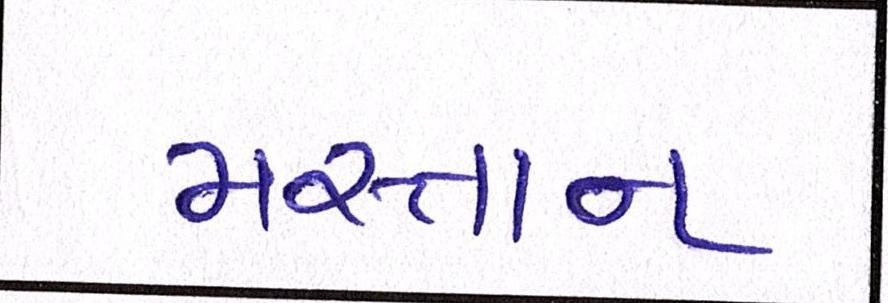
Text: મસ્તાન